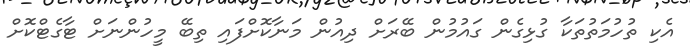
އެކި ތުހުމަތުތަކާ ގުޅިގެން ގައުމުން ބޭރަށް ދިއުން މަނާކޮށްފައި ތިބޭ މީހުންނަށް ޓާގެޓްކޮށް